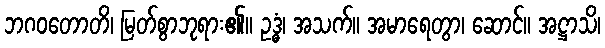
ဘဂဝတောတိ၊ မြတ်စွာဘုရား၏။ ဥဒ္ဓံ၊ အသက်။ အမာရေတွာ၊ ဆောင်။ အဋ္ဌာသိ၊